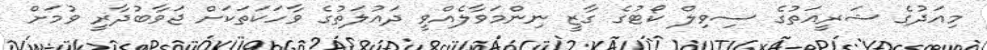
މިއަދުގެ ޝަރީއަތުގެ ސިވިލް ކޯޓުގެ ގާޒީ ނިންމަވާލެއްވީ ދައުލަތުގެ ވާހަކަތަކަށް ޖަވާބުދާރީ ވުމަށް